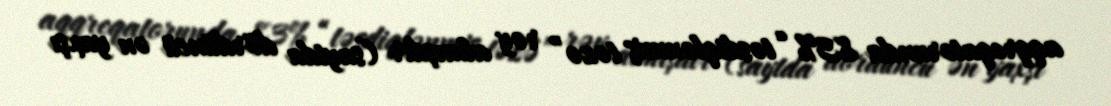
aqqreqatorunda 83% “təsdiqlənmiş təzə” rəy almışdır (saytda dördüncü ən yaxşı